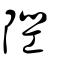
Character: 隉